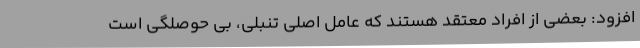
افزود: بعضی از افراد معتقد هستند که عامل اصلی تنبلی، بی حوصلگی است